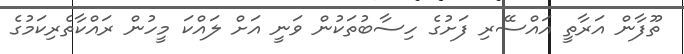
ތޫފާން އަރާތީ އައްސޭރި ފަށުގެ ހިސާބުތަކުން ވަނީ އަށް ލައްކަ މީހުން ރައްކާތެރިކަމުގެ